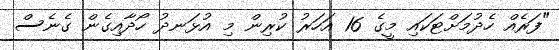
"ފަރެއް ހެދުމަށްޓަކައި މީގެ 16 އަހަރު ކުރިން މި އުޅަނދު ހޯދާއިގެން ގެނެސް